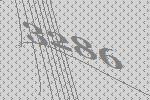
3286